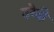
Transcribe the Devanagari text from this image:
दरेदी